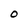
Character: O